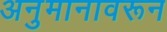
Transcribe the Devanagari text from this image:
अनुमानावरून